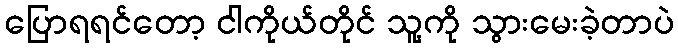
ပြောရရင်တော့ ငါကိုယ်တိုင် သူ့ကို သွားမေးခဲ့တာပဲ